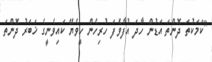
"ކަމަކުތަ ދޮންތަ އަޑުން ހާދަ އުފާވެފަ ހުރިހެން ހީވެޔޭ ކައިވެނީގެ ޚަބަރު ދޮންތަ